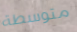
متوسطة